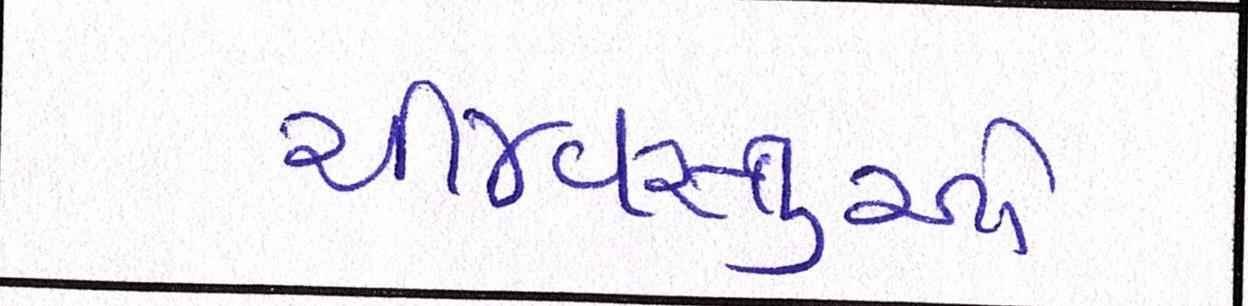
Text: ચીજવસ્તુઓ